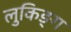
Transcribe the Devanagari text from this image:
लुकिङ्ग